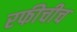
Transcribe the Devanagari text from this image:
रफीचीच